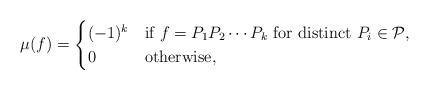
LaTeX: \begin{align*}\mu(f) = \begin{cases} (-1)^{k} & \mbox {if $f=P_1P_2\cdots P_k$ for distinct $P_i \in \mathcal{P}$,} \\ 0 & \mbox{otherwise}, \end{cases}\end{align*}